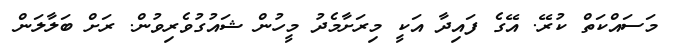
މަސައްކަތް ކުރޭ. އޭގެ ފައިދާ އަކީ މިރަށާމެދު މީހުން ޝައުގުވެރިވުން. ރަށް ބަލާލަން